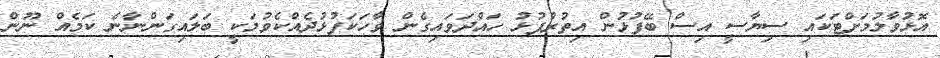
އޮޅުވާލުމަށްޓަކައި ސިޔާސީ އިސް ބޭފުޅުން އިތުރުފުޅު ހައްދަވައިގެން ވާހަކަފުޅުދެއްކެވުމަކީ ބަލައިގަންނާނެ ކަމެއް ނޫން